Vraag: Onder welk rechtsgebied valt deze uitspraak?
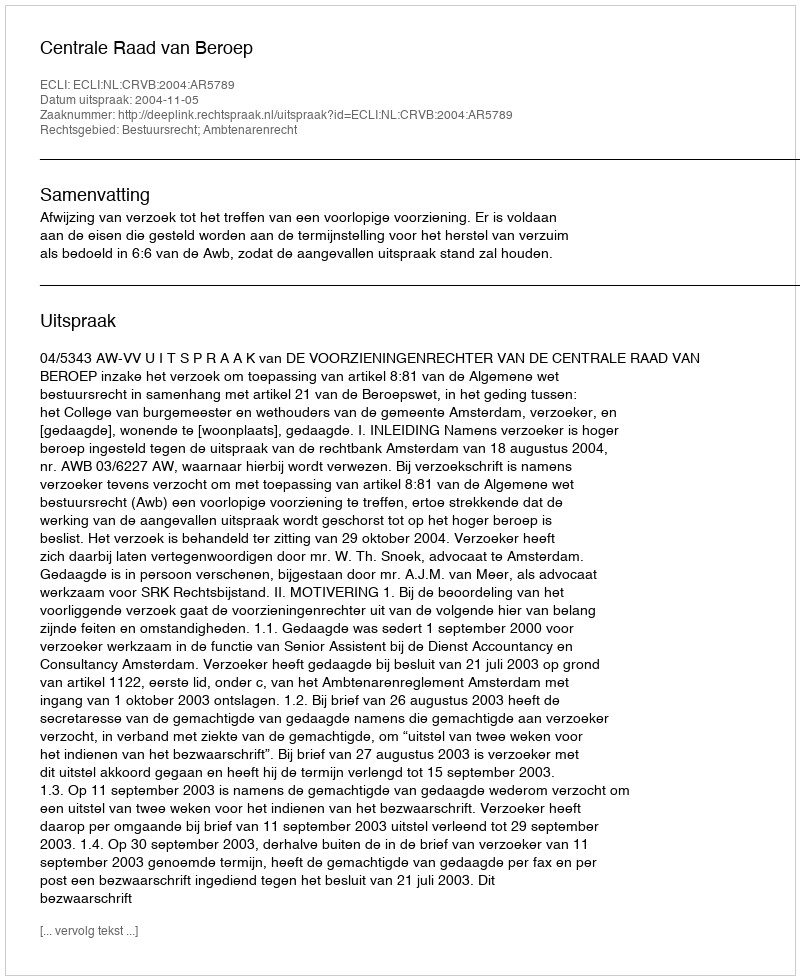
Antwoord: Bestuursrecht; Ambtenarenrecht